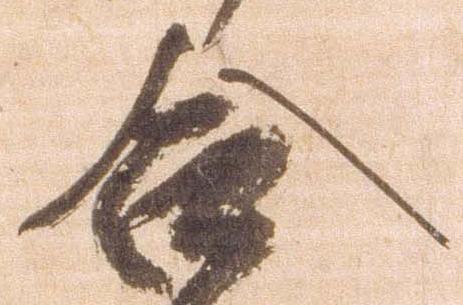
合